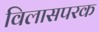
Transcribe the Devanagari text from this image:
विलासपरक